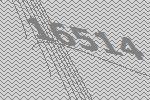
16514